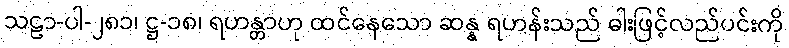
သဠာ-ပါ-၂၈၁၊ ဋ္ဌ-၁၈၊ ရဟန္တာဟု ထင်နေသော ဆန္န ရဟန်းသည် ဓါးဖြင့်လည်ပင်းကို